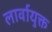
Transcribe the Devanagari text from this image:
लार्वायुक्त